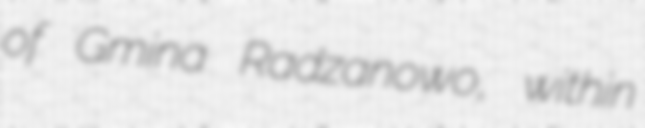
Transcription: of Gmina Radzanowo, within